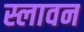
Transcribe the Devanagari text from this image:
स्लावन